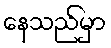
နေသည်မှာ